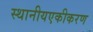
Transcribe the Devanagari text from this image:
स्थानीयएकीकरण